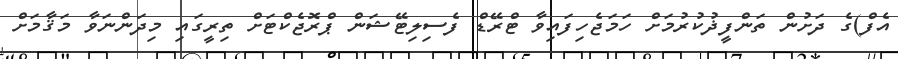
އެފް)ގެ ދަށުން ތަންފީޛުކުރުމަށް ހަމަޖެހިފައިވާ ޓްރޭޑް ފެސިލިޓޭޝަން ޕްރޮޖެކްޓަށް ތިރީގައި މިދަންނަވާ މަޤާމަށް